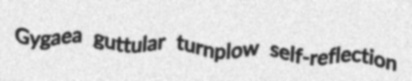
Gygaea guttular turnplow self-reflection